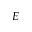
E